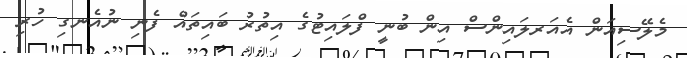
މެލޭސިއަން އެއަރލައިންސް އިން ބުނީ ފްލައިޓުގެ އިތުރު ބައިތައް ފެނި ނުއެނގި ހުރި